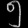
Digit: ၅